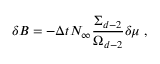
\delta B = - \Delta t N _ { \infty } \frac { \Sigma _ { d - 2 } } { \Omega _ { d - 2 } } \delta \mu \; ,